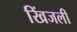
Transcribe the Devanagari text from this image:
खिंजली